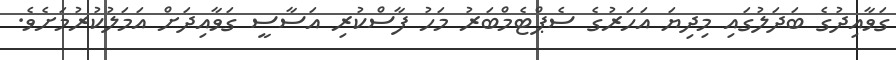
ގަވާއިދުގެ ބަދަލުގައި މިދިޔަ އަހަރުގެ ސެޕްޓެމްބަރު މަހު ފާސްކުރި އަސާސީ ގަވާއިދަށް އަމަލުކުރުމަށެވެ.